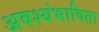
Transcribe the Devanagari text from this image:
अवश्यंभाविता